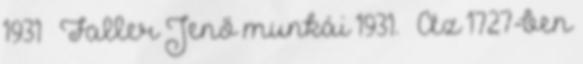
1931 – Faller Jenő munkái 1931. – Az 1727-ben